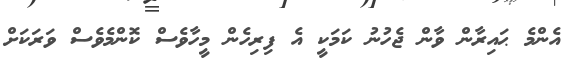
އެންމެ ޙައިރާން ވާން ޖެހުނު ކަމަކީ އެ ފިރިހެން މީހާވެސް ކޮންމެވެސް ވަރަކަށް